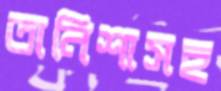
তানিশাসহ